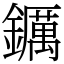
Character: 𨯅